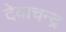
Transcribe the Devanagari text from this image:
देवाचन्द्र